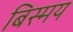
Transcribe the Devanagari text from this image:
बिस्मय